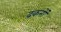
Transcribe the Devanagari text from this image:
ढकनों